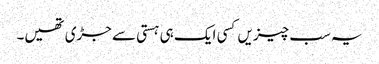
یہ سب چیزیں کسی ایک ہی ہستی سے جڑی تھیں۔